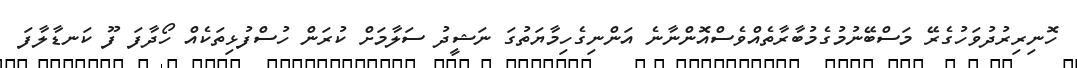
ހޮނިރިރުދުވަހުގެރޭ މަސްބޭނުމުގެމުބާރާތެއްވެސްއޮންނާނެ އަންނިގެހިމާޔަތުގަ ނަޝީދު ސަލާމަށް ކުރަން ހުސްފުޅިތަކެއް ހޯދާފަ ފޫ ކަނޑާލާފަ